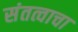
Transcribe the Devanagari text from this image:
संतत्वाचा